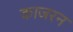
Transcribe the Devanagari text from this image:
काजरन